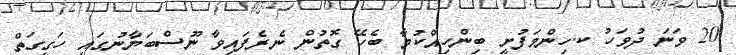
20 ވަނަ ދުވަހު ކ.ހިންމަފުށީ ބިންހިއްކުމާ ބެހޭ ގޮތުން ނެރެފައިވާ ނޫސްބަޔާނުގައި ހަގީގަތް